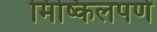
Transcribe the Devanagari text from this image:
मिष्किलपणे